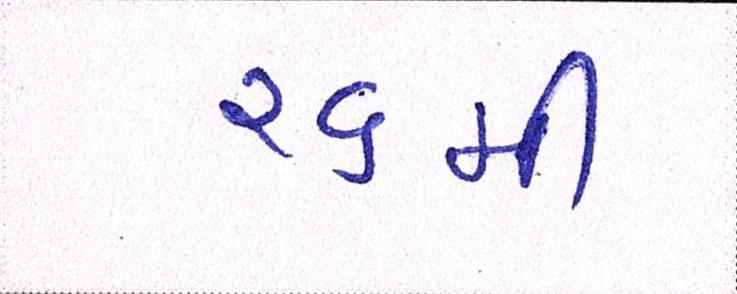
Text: ૨૬મી